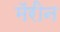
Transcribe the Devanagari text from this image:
मॅरीन